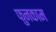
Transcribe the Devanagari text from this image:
फुनकाम